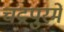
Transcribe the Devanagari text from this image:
चंद्रपुरमें